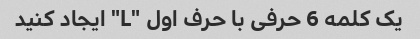
یک کلمه 6 حرفی با حرف اول "L" ایجاد کنید